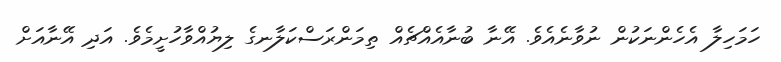
ހަމަހިލާ އެހެންނަކުން ނުވާނެއެވެ. އޭނާ ބުނާއެއްޗެއް ތިމަންރަސްކަލާނގެ ލިޔުއްވާހުށީމެވެ. އަދި އޭނާއަށް